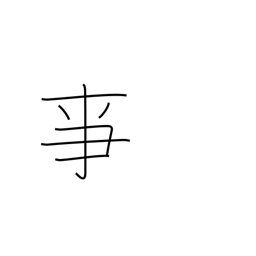
Meaning: to serve